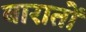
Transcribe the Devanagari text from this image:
बारातों